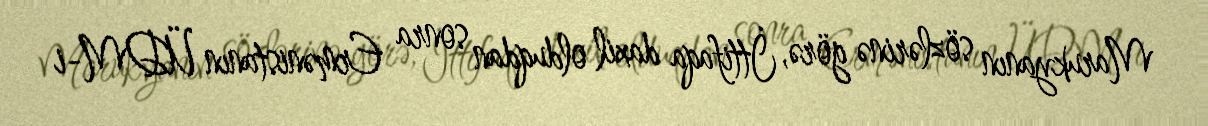
Marukyanın sözlərinə görə, İttifaqa daxil olduqdan sonra Ermənistanın ÜDM-i